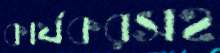
কার্যকরসহ